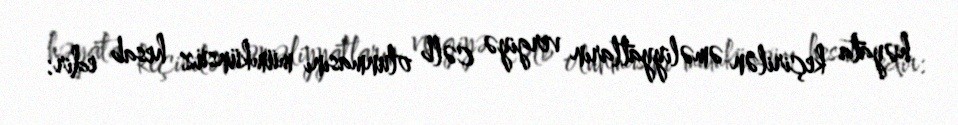
həyata keçirilən əməliyyatların vergiyə cəlb olunmasını mümkünsüz hesab edir: